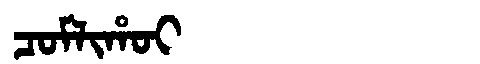
Manchu: ᠴᠣᠮᠯᡳᡥᠣᡳ
Romanization: COMLIHOI